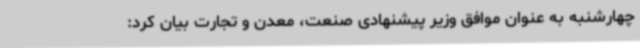
چهارشنبه به عنوان موافق وزیر پیشنهادی صنعت، معدن و تجارت بیان کرد: